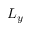
L _ { y }